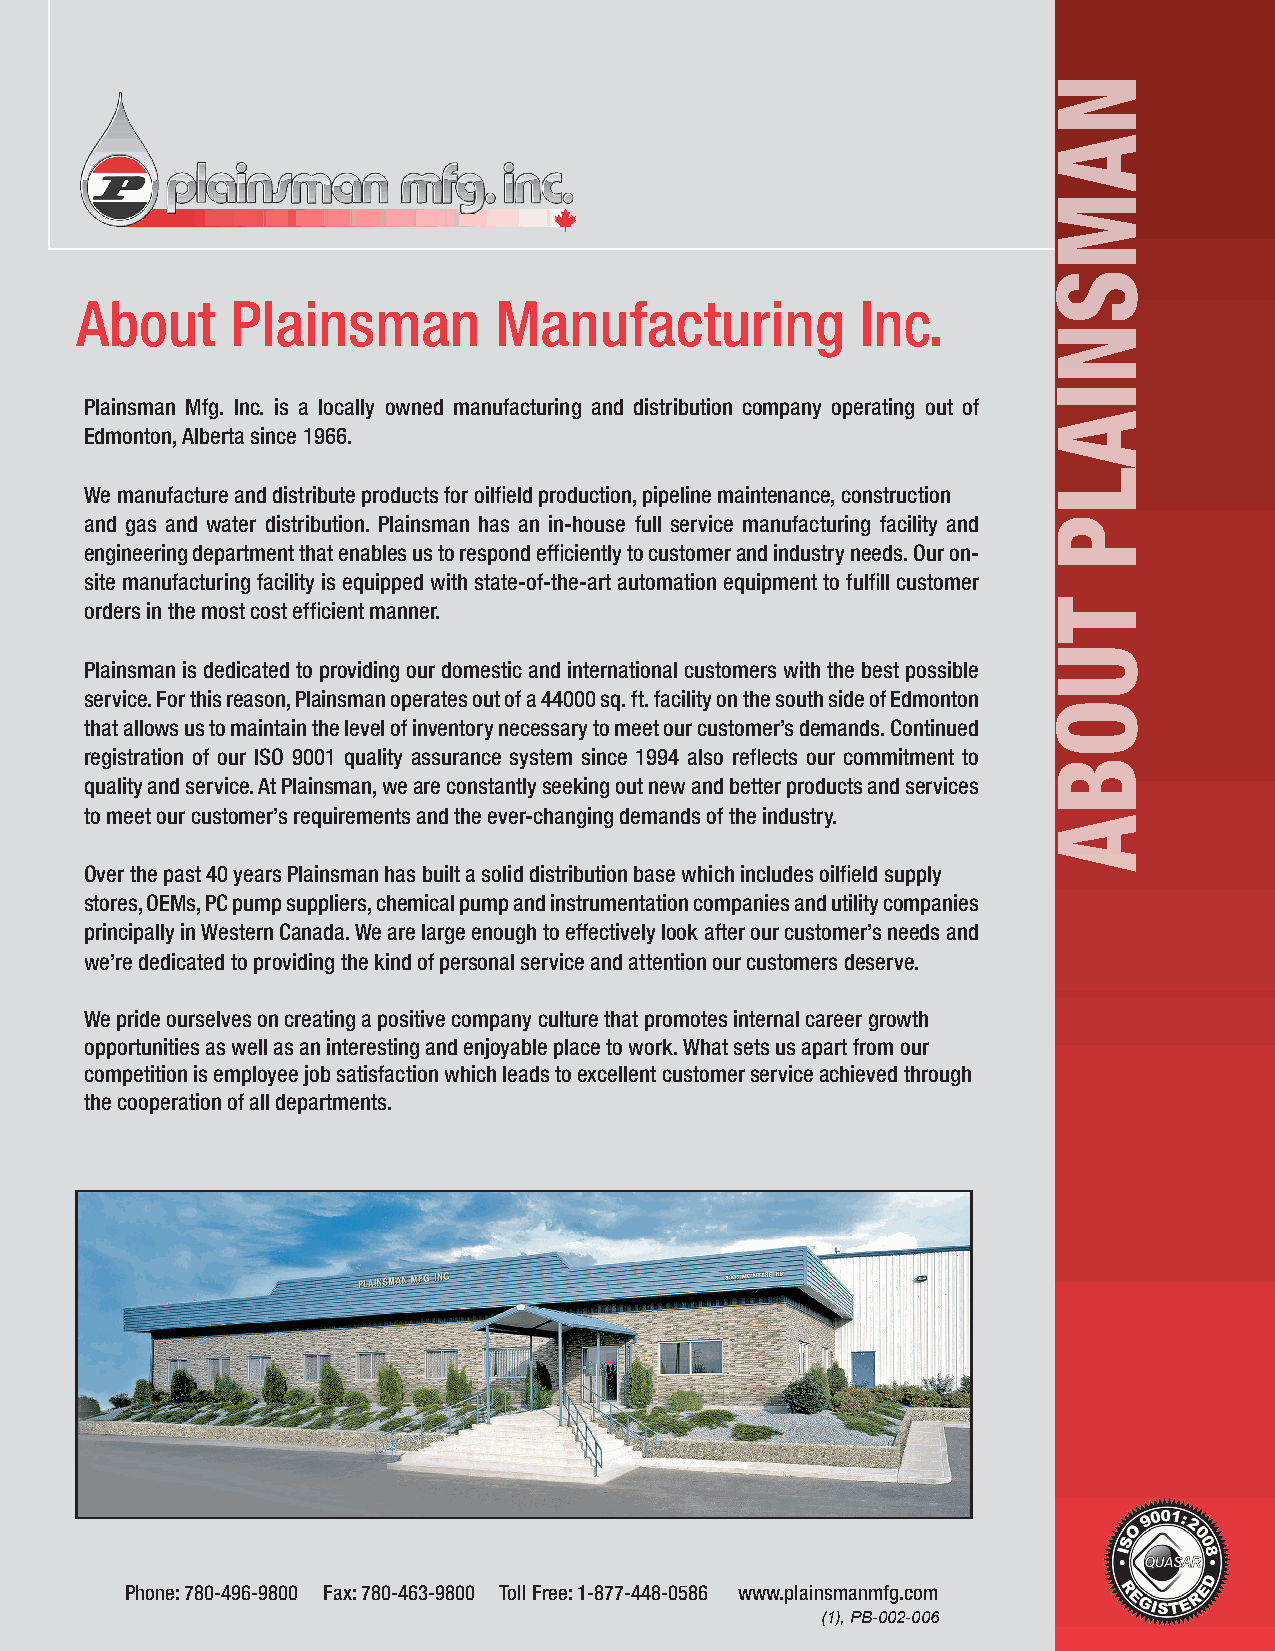
AAbboouutt PPllaaiinnssmmaann MMaannuuffaaccttuurriinngg IInncc..
 Plainsman Mfg. Inc. is a locally owned manufacturing and distribution company operating out of
 Edmonton, Alberta since 1966.
 We manufacture and distribute products for oilfield production, pipeline maintenance, construction
 and gas and water distribution. Plainsman has an in-house full service manufacturing facility and
 engineering department that enables us to respond efficiently to customer and industry needs. Our on-
 site manufacturing facility is equipped with state-of-the-art automation equipment to fulfill customer
 orders in the most cost efficient manner.
 Plainsman is dedicated to providing our domestic and international customers with the best possible
 service. For this reason, Plainsman operates out of a 44000 sq. ft. facility on the south side of Edmonton
 that allows us to maintain the level of inventory necessary to meet our customer’s demands. Continued
 registration of our ISO 9001 quality assurance system since 1994 also reflects our commitment to
 quality and service. At Plainsman, we are constantly seeking out new and better products and services
 to meet our customer’s requirements and the ever-changing demands of the industry.
 Over the past 40 years Plainsman has built a solid distribution base which includes oilfield supply
 stores, OEMs, PC pump suppliers, chemical pump and instrumentation companies and utility companies
 principally in Western Canada. We are large enough to effectively look after our customer’s needs and
 we’re dedicated to providing the kind of personal service and attention our customers deserve.
 We pride ourselves on creating a positive company culture that promotes internal career growth
 opportunities as well as an interesting and enjoyable place to work. What sets us apart from our
 competition is employee job satisfaction which leads to excellent customer service achieved through
 the cooperation of all departments.
 Phone: 780-496-9800 Fax: 780-463-9800 Toll Free: 1-877-448-0586 www.plainsmanmfg.com
 (1), PB-002-006
 NAMSNIALP
 TUOBA